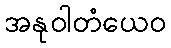
အနုဝါတံယေဝ